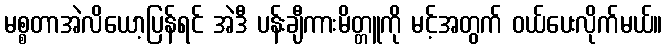
မစ္စတာအဲလိယော့ပြန်ရင် အဲဒီ ပန်းချီကားမိတ္တူကို မင့်အတွက် ဝယ်ပေးလိုက်မယ်။